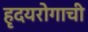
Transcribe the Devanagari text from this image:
हृदयरोगाची